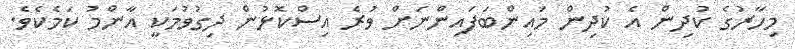
މިހާރުގެ ކުދިން އެ ކުދިން މައިންބަފައިންނަށް ވުރެ އިސްކޮޅުން ދިގުވުމަކީ އާންމު ކަމެކެވެ.